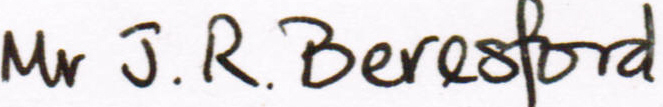
Mr J.R.Beresford